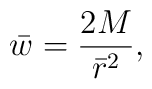
\bar w ={2M\over {\bar r}^2},